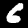
Label: 6